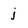
Character: j